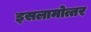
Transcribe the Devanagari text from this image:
इसलामोत्तर